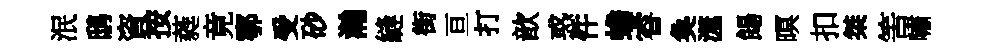
泯鸱資按蕤竟鄠受砂瀚縫街亘打歆惑件蟾睿奐澨餳暝扣桀筈嘯